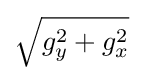
{\sqrt {g_{y}^{2}+g_{x}^{2}}}